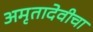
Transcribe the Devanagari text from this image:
अमृतादेवीचा